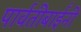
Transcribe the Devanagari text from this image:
पार्वतीबाईंनी